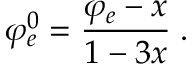
\varphi _ { e } ^ { 0 } = \frac { \varphi _ { e } - x } { 1 - 3 x } \; .